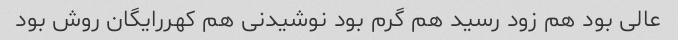
عالی بود هم زود رسید هم گرم بود نوشیدنی هم کهررایگان روش بود